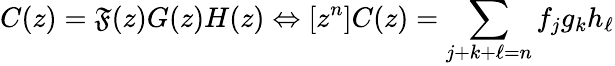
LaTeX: C(z)=\mathfrak{F}(z)G(z)H(z)\Leftrightarrow[z^{n}]C(z)=\sum_{j+k+\ell=n}f_{j}g_{k}h_{\ell}